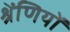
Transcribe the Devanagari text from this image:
श्रेंणियों